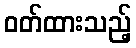
ဝတ်ထားသည့်